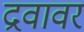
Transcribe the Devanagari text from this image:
द्रवावर